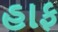
હાફ